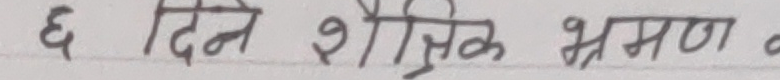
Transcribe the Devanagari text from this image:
६ दिने शैक्षिक भ्रमण